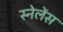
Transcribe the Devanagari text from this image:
स्नेलेंस